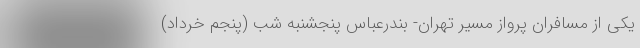
یکی از مسافران پرواز مسیر تهران- بندرعباس پنجشنبه شب (پنجم خرداد)